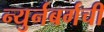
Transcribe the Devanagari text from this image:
न्युर्नबर्गची